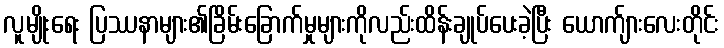
လူမျိုးရေး ပြဿနာများ၏ခြိမ်းခြောက်မှုများကိုလည်းထိန်းချုပ်ပေးခဲ့ပြီး ယောက်ျားလေးတိုင်း